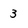
Character: 3